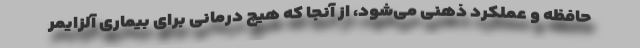
حافظه و عملکرد ذهنی می‌شود، از آنجا که هیچ درمانی برای بیماری آلزایمر